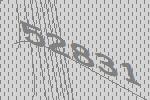
52831